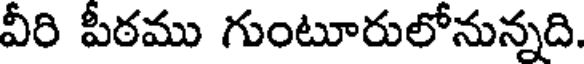
వీరి పీఠము గుంటూరులోనున్నది.